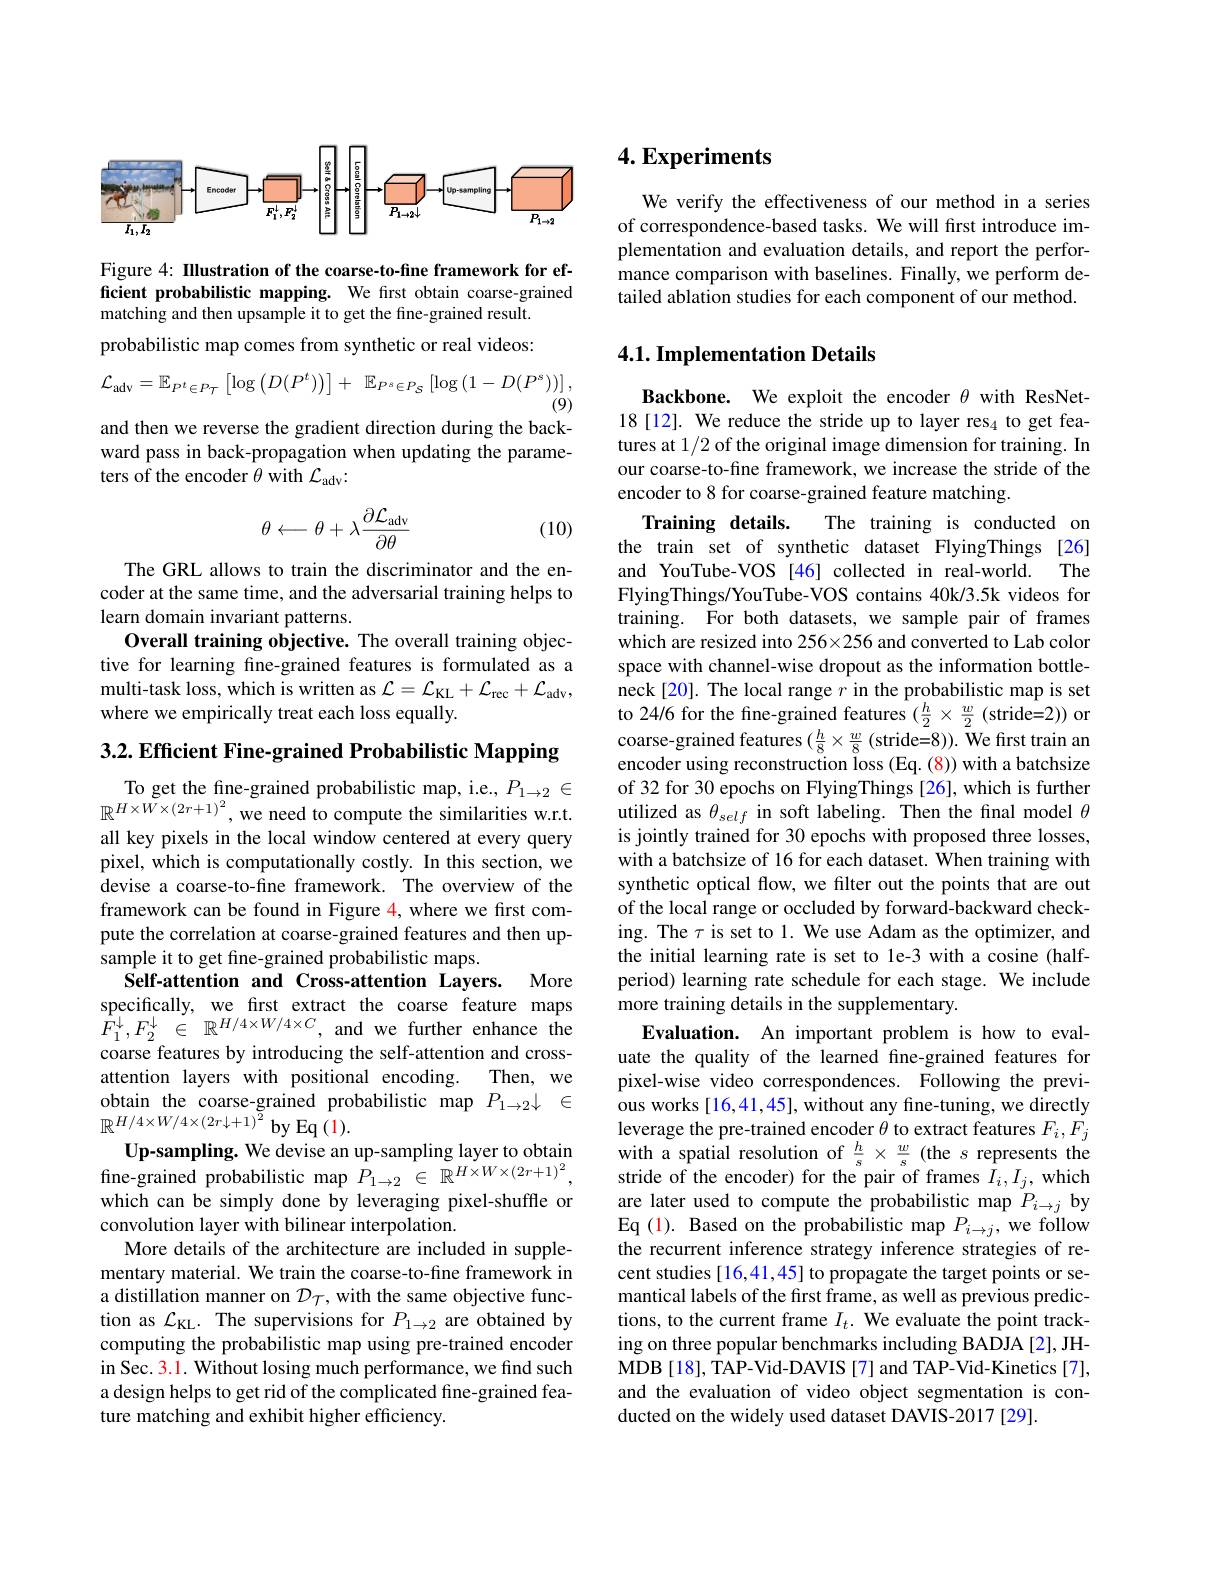
<FigureHere>

Figure 4: IIlustration of the coarse-to-fine framework for efficient probabilistic mapping. We first obtain coarse-grained matching and then upsample it to get the fine-grained result. probabilistic map comes from synthetic or real videos:
$$\mathcal{L}_{\mathrm{adv}}=\mathbb{E}_{P^{t}\in P_{T}}\left[\log\left(D(P^{t})\right)\right]+\:\mathbb{E}_{P^{s}\in P_{S}}\left[\log\left(1-D(P^{s})\right)\right],$$
(9)
and then we reverse the gradient direction during the backward pass in back-propagation when updating the parameters of the encoder $\theta$ with $\mathcal{L}_\mathrm{adv}:$
$$\theta\longleftarrow\theta+\lambda\frac{\partial\mathcal{L}_{\mathrm{adv}}}{\partial\theta}$$
(10)

The GRL allows to train the discriminator and the encoder at the same time, and the adversarial training helps to learn domain invariant patterns.
Overall training objective. The overall training objective for learning fine-grained features is formulated as a multi-task loss, which is written as $\mathcal{L} = \mathcal{L} _\mathrm{KL}+ \mathcal{L} _\mathrm{rec}+ \mathcal{L} _\mathrm{adv}$, where we empirically treat each loss equally.

3.2. Efficient Fine-grained Probabilistic Mapping
To get the fine-grained probabilistic map, i.e., $P_{1\to2}\in$ $\mathbb{R}^{H\times W\times(2r+1)^{2}}$,we need to compute the similarities w.r.t. all key pixels in the local window centered at every query pixel, which is computationally costly. In this section, we devise a coarse-to-fine framework. The overview of the framework can be found in Figure 4, where we first compute the correlation at coarse-grained features and then upsample it to get fine-grained probabilistic maps.
Self-attention and Cross-attention Layers. More specifically, we first extract the coarse feature maps $F_{1}^{\downarrow }, F_{2}^{\downarrow }$ $\in$ $\mathbb{R} ^{H/ 4\times W/ 4\times C}$, and we further enhance the coarse features by introducing the self-attention and crossattention layers with positional encoding.
Then, we
obtain the coarse-grained probabilistic map $P_{1\to 2}\downarrow$ $\in$
$\mathbb{R}^{H/4\times W/4\times\left(2r\downarrow+1\right)^{2}}$by Eq (1).
Up-sampling. We devise an up-sampling layer to obtain fine-grained probabilistic map $P_{1\to2}\in\mathbb{R}^{H\times W\times(2r+1)^{2}}$, which can be simply done by leveraging pixel-shuffle or convolution layer with bilinear interpolation.
More details of the architecture are included in supplementary material. We train the coarse-to-fine framework in a distillation manner on $\mathcal{D}_{\mathcal{T}}$, with the same objective function as $\mathcal{L}_\mathrm{KL}.$ The supervisions for $P_1\to2$ are obtained by computing the probabilistic map using pre-trained encoder in Sec. 3.1. Without losing much performance, we find such a design helps to get rid of the complicated fine-grained feature matching and exhibit higher efficiency.

## $4. \textbf{Experiments}$

We verify the effectiveness of our method in a series of correspondence-based tasks. We will first introduce implementation and evaluation details, and report the performance comparison with baselines. Finally, we perform detailed ablation studies for each component of our method

## 4.1. Implementation Details

Backbone. We exploit the encoder $\theta$ with ResNet- 18[12]. We reduce the stride up to layer res$_4$ to get features at 1/2 of the original image dimension for training. In our coarse-to-fine framework, we increase the stride of the encoder to 8 for coarse-grained feature matching.
Training details.
The training is conducted on
the train set of synthetic dataset FlyingThings [26] and YouTube-VOS [46] collected in real-world. The FlyingThings/YouTube-VOS contains 40k/3.5k videos for training. For both datasets, we sample pair of frames which are resized into 256×256 and converted to Lab color space with channel-wise dropout as the information bottleneck[20]. The local range $r$ in the probabilistic map is set to 24/6 for the fine-grained features $( \frac h2\times \frac w2$ ( stride= 2) ) or coarse-grained features $( \frac h8\times \frac w8$ ( stride= 8) ) . We first train an encoder using reconstruction loss (Eq. (8)) with a batchsize of 32 for 30 epochs on FlyingThings [26], which is further utilized as $\theta_{self}$ in soft labeling. Then the final model $\theta$ is jointly trained for 30 epochs with proposed three losses, with a batchsize of 16 for each dataset. When training with synthetic optical flow, we filter out the points that are out of the local range or occluded by forward-backward checking. The $\tau$ is set to 1. We use Adam as the optimizer, and the initial learning rate is set to le-3 with a cosine (halfperiod) learning rate schedule for each stage. We include more training details in the supplementary.
Evaluation. An important problem is how to evaluate the quality of the learned fine-grained features for pixel-wise video correspondences. Following the previous works [16,41,45], without any fine-tuning, we directly leverage the pre-trained encoder $\theta$ to extract features $F_i,F_j$ with a spatial resolution of $\frac hs\times\frac ws$ (the $s$ represents the stride of the encoder) for the pair of frames $I_i,I_j$, which are later used to compute the probabilistic map $P_{i\to j}$ by $\operatorname{Eq}(1).$ Based on the probabilistic map $P_i\to j$, we follow the recurrent inference strategy inference strategies of recent studies [ 16,41, 45] to propagate the target points or semantical labels of the first frame, as well as previous predictions, to the current frame $I_t.$ We evaluate the point tracking on three popular benchmarks including BADJA [2], JHMDB [18], TAP-Vid-DAVIS [7] and TAP-Vid-Kinetics [7], and the evaluation of video object segmentation is conducted on the widely used dataset DAVIS-2017 [29].